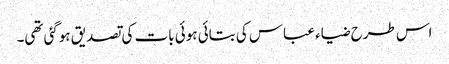
اس طرح ضیاء عباس کی بتائی ہوئی بات کی تصدیق ہوگئی تھی۔